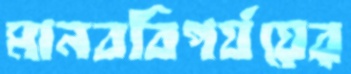
মানববিপর্যয়ের